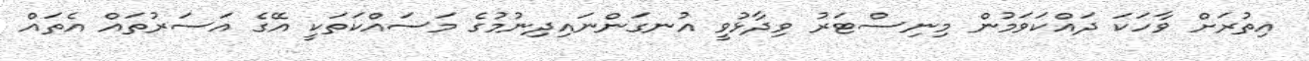
އިތުރަށް ވާހަކަ ދައްކަވަމުން މިނިސްޓަރު ވިދާޅުވީ އުނގަންނައިދިނުމުގެ މަސައްކަތަކީ އޭގެ އަސަރުތައް އެތައް